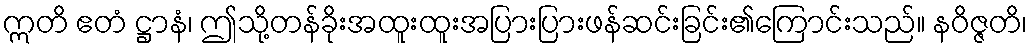
ဣတိ ဧတံ ဋ္ဌာနံ၊ ဤသို့တန်ခိုးအထူးထူးအပြားပြားဖန်ဆင်းခြင်း၏ကြောင်းသည်။ နဝိဇ္ဇတိ၊